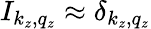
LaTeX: I_{k_{z},q_{z}}\approx\delta_{k_{z},q_{z}}